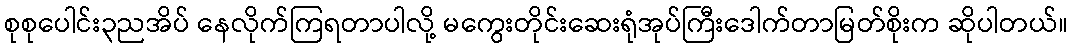
စုစုပေါင်း၃ညအိပ် နေလိုက်ကြရတာပါလို့ မကွေးတိုင်းဆေးရုံအုပ်ကြီးဒေါက်တာမြတ်စိုးက ဆိုပါတယ်။